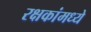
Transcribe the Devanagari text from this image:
रक्षकांमध्ये